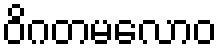
ဝိဂတမလောဝ